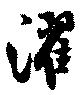
濯